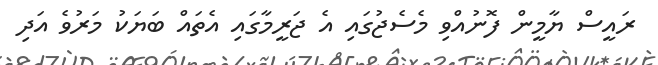
ރައީސް ޔާމީން ފޮނުއްވި މެސެޖުގައި އެ ޖަރީމާގައި އެތައް ބަޔަކު މަރުވެ އަދި